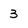
Character: 3